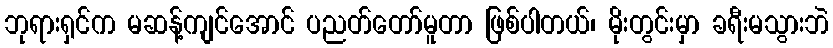
ဘုရားရှင်က မဆန့်ကျင်အောင် ပညတ်တော်မူတာ ဖြစ်ပါတယ်၊ မိုးတွင်းမှာ ခရီးမသွားဘဲ